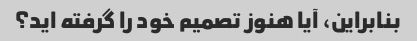
بنابراین، آیا هنوز تصمیم خود را گرفته اید؟